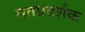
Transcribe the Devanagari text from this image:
मतप्रदर्शक